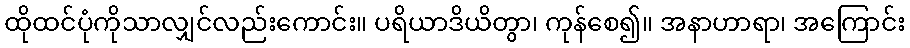
ထိုထင်ပုံကိုသာလျှင်လည်းကောင်း။ ပရိယာဒိယိတွာ၊ ကုန်စေ၍။ အနာဟာရာ၊ အကြောင်း